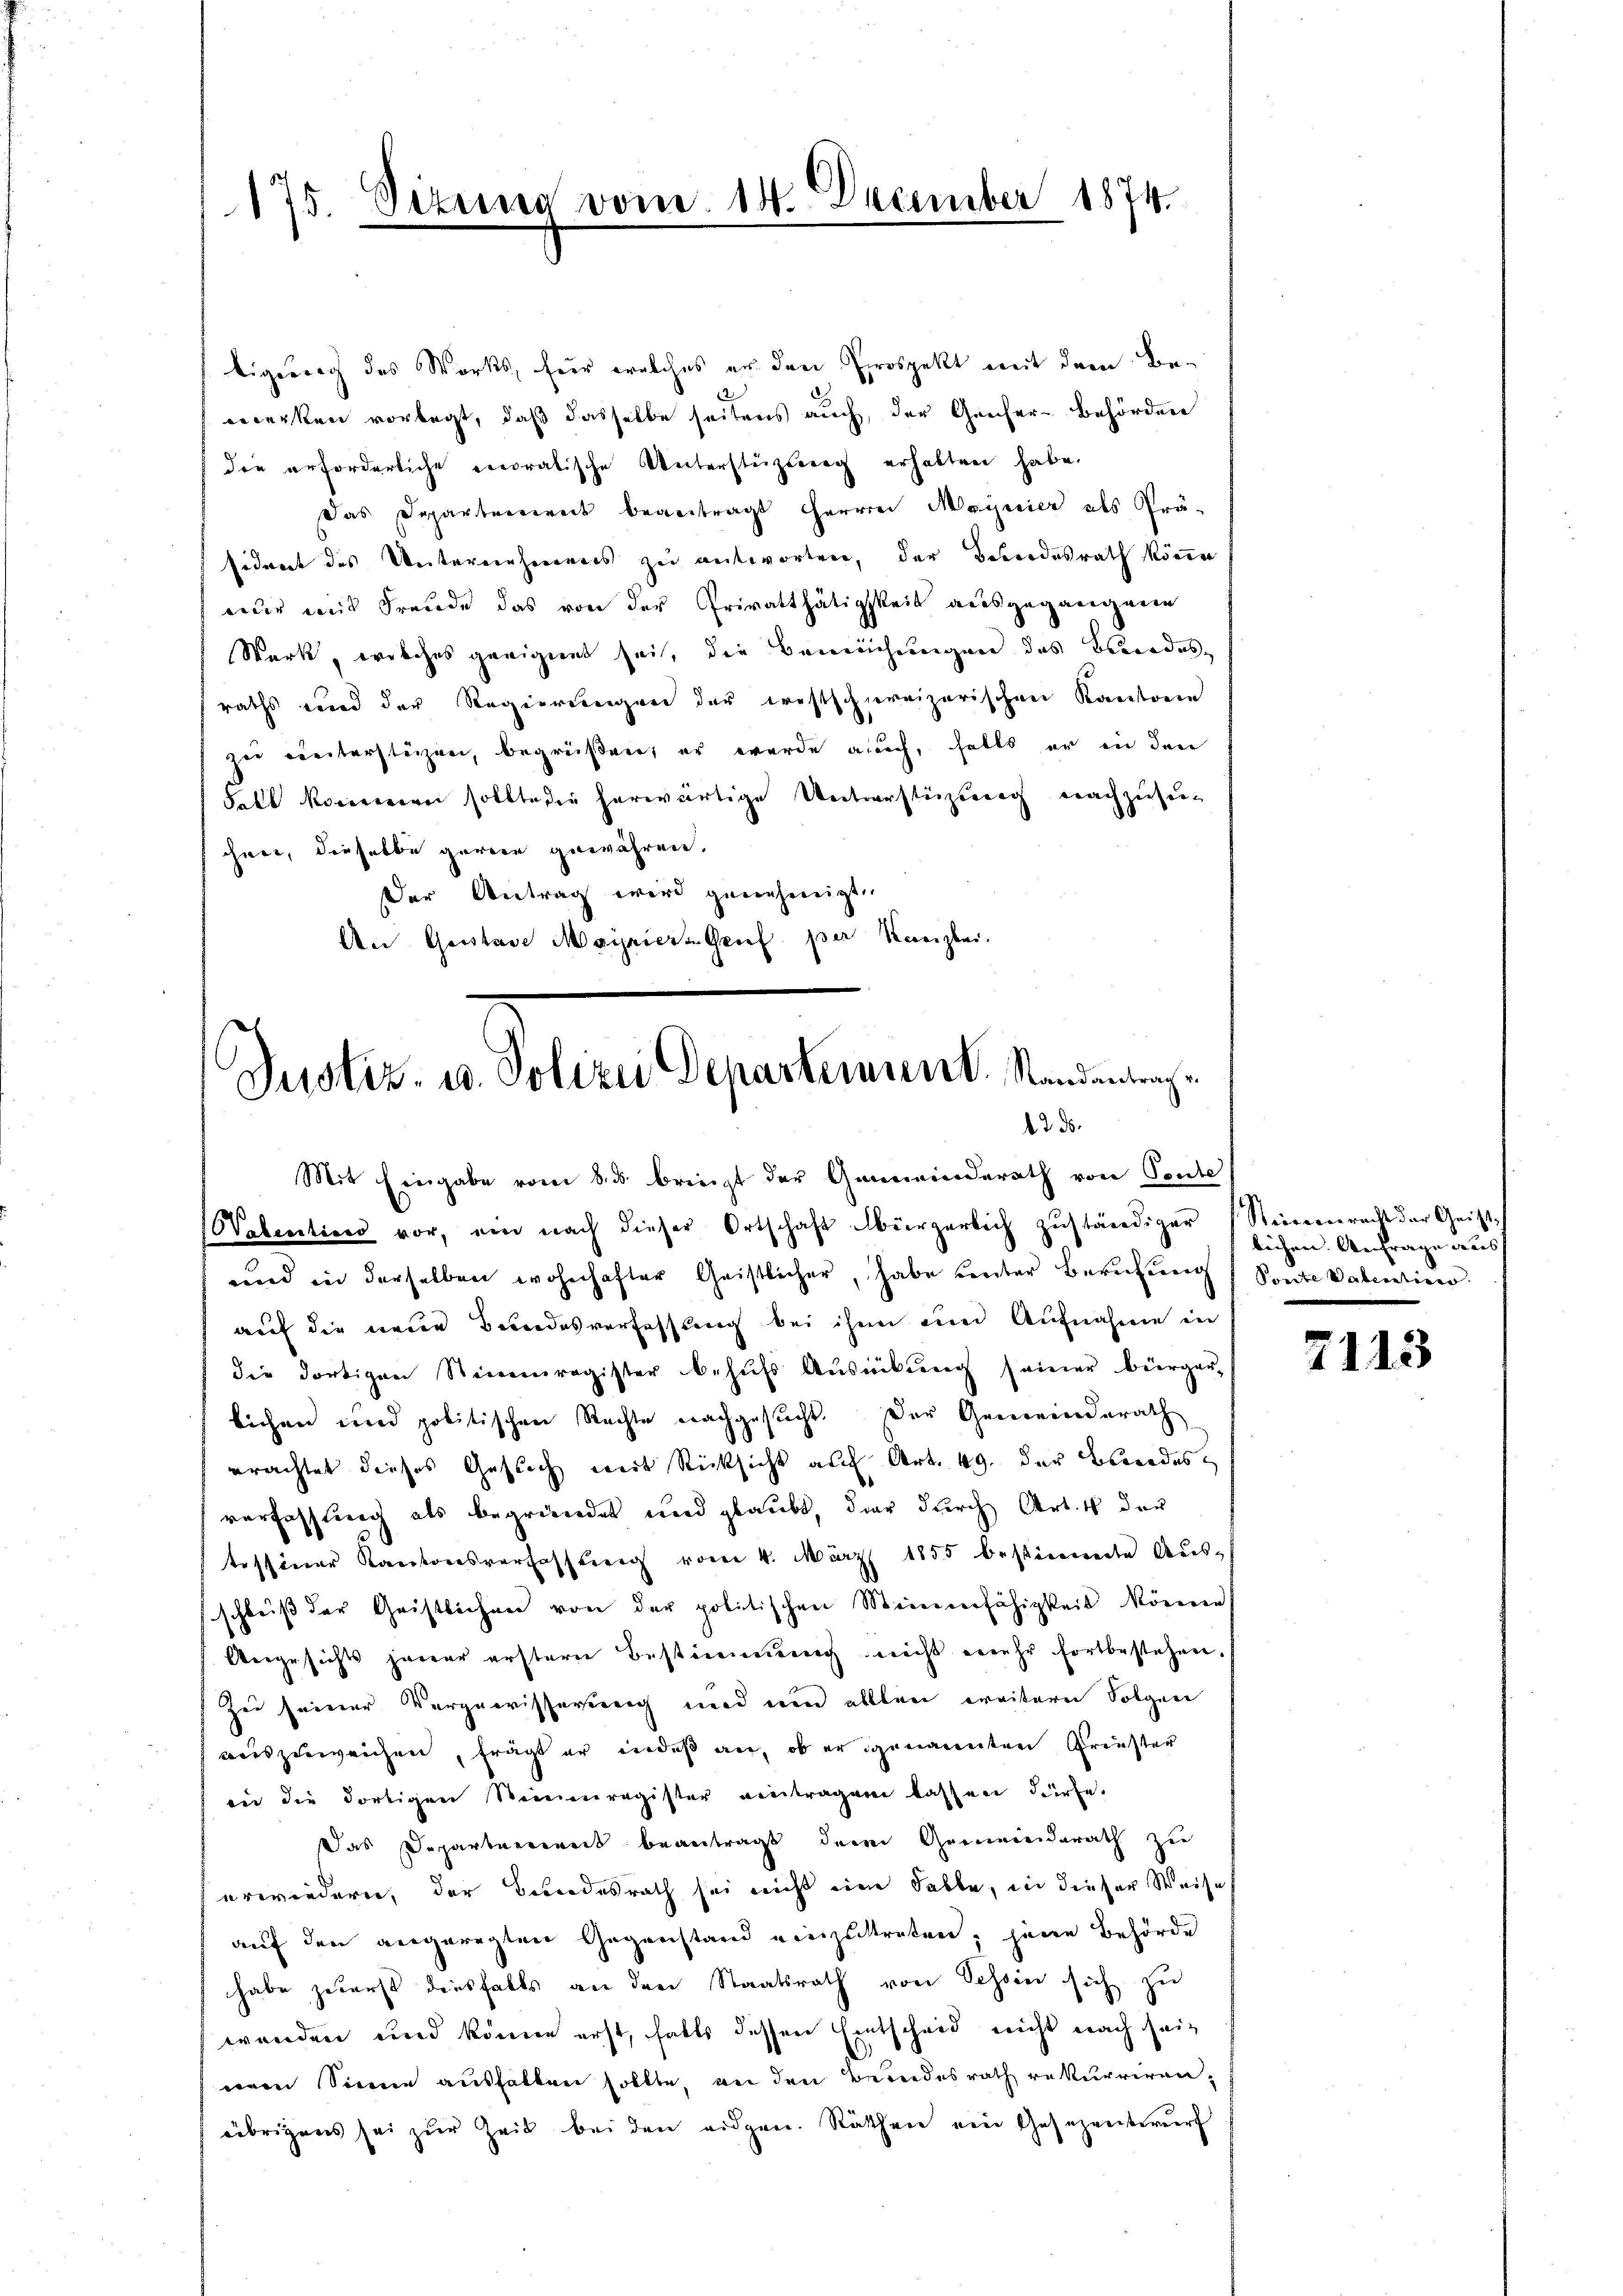
Justiz- u. Polizei Departement. Standentrag
12. ds.
Mit Eingabe vom 8.5. briezt der Gemeinderath von Ponte,

Walenticis vor, ein nach dieser Ortschaft bürgerlich zŭständiger (Steienrecht der Geist.
uund in derselben wohnhafter Geistlicher, habe unter Berufung
auf die neue Bundesverfassung bei ihn eine Aufnahme in
die dortigen Steienregister behŭfs Aŭsübŭng seiner bürger-
lichen und politischen Rechte nachgesucht. Der Gemeinderath
erachtet dieses Gesuch mit Rücksicht auf Art. 49. der Bandes
verfassung als begründet und glaubt, dir durch Art. 4 der
tessiner Kantonsverfassung vom 4. März 1855 bestimmte Aŭs-
schluß der Geistlichen von der politischen Meinenfähigkeit können
Ungesichts jener erstern Bestimmung nicht mehr fortbestehen.
Zee seiner Vorgewisserung und ein allen weitern Folgen
auszuweichen, frägt er indeß an, ob er genannten Griester
ind die dortigen Seinenregister eintragen lassen dürfe.
Das Departement beantragt, dem Gemeinderath zu
erwiedern, der Bundesrath sei nicht eine Falle, in dieser Weise
auf den angeregten Gegenstand einzutreten; jene Behörde
habe zuerst diesfalls an den Staatsrath von Schwie sich zu
wenden und könne erst, falls dessen Entscheid nicht nach seieeren Sinne aushalten sollte, an den Berndesrath rekurriren,
übrigens sei zur Zeit bei den eidgen. Räthen ein Gesezentwurf

175. Sizung vom 14. December 1874.

tigung des Works, für welches er den Prospekt mit dem Bemerken vorlegt, daß dasselbe seitens auch, der Geiser-Behörden
die erforderliche encoratische Unterstüzung erhalten habe.
das Departenweck beantragt Herren Mayeier als Präsident des Unternehmens zu antworten, der Bundesrath können
nur mit Freude das von der Privatthätigkeit ausgegangene
Werk, welches geeignet sei, die Bemühungen des Berodesraths und der Regierungen der restschreizerischen Kantone
zue ereitersteigen, begrüßen, er wurde auch, falls er in den
Fall konserern sollte die herwärtige Unterstüzung nachzusenihnen, derselbe geren gewähren.
Der Antrag wird genehmigt.
An Geistare Mayniers Grief per Kanzlei.

lichen. Anfrage aus |
Ponte Vaterativer

7113